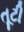
તૂટી